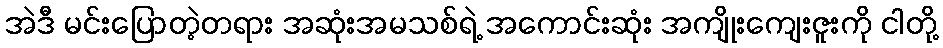
အဲဒီ မင်းပြောတဲ့တရား အဆုံးအမသစ်ရဲ့ အကောင်းဆုံး အကျိုးကျေးဇူးကို ငါတို့